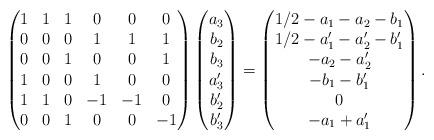
LaTeX: \begin{align*}\begin{pmatrix}1 & 1 & 1 & 0 & 0 & 0\\0 & 0 & 0 & 1 & 1 & 1\\0 & 0 & 1 & 0 & 0 & 1\\1 & 0 & 0 & 1 & 0 & 0\\1 & 1 & 0 & -1 & -1 & 0\\0 & 0 & 1 & 0 & 0 & -1\end{pmatrix}\begin{pmatrix}a_{3}\\b_{2}\\b_{3}\\a_{3}'\\b_{2}'\\b_{3}'\end{pmatrix}=\begin{pmatrix}1/2-a_{1}-a_{2}-b_{1}\\1/2-a_{1}'-a_{2}'-b_{1}'\\-a_{2}-a_{2}'\\-b_{1}-b_{1}'\\0\\-a_{1}+a_{1}'\end{pmatrix}.\end{align*}